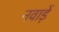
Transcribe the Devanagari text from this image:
नवाड़ें